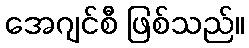
အေဂျင်စီ ဖြစ်သည်။